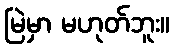
မြဲမှာ မဟုတ်ဘူး။